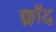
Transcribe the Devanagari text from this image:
क्लॉद